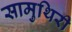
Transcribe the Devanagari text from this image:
सामुथिरी